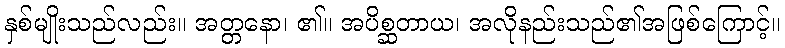
နှစ်မျိုးသည်လည်း။ အတ္တနော၊ ၏။ အပိစ္ဆတာယ၊ အလိုနည်းသည်၏အဖြစ်ကြောင့်။